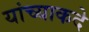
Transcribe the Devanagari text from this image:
यांच्याकदे